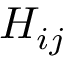
H _ { i j }